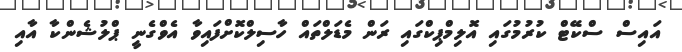
އައިސް ސްކޭޓް ކުރުމުގައި އޮލިިމްޕިކްގައި ރަން މެޑަލްތައް ހާސިލްކޮށްފައިވާ އެވްގެނީ ޕްލުޝެންކާ އާއި